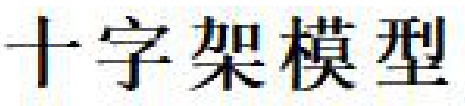
十字架模型